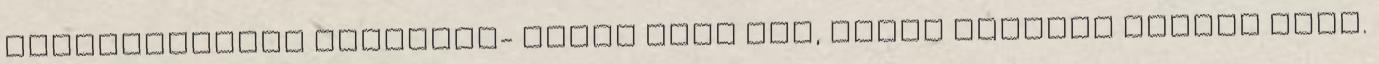
Táncművészeti Főiskolá- Szűcs Dóra Ida, saját nevelés Németh Anna.